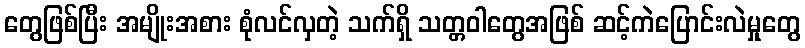
တွေဖြစ်ပြီး အမျိုးအစား စုံလင်လှတဲ့ သက်ရှိ သတ္တဝါတွေအဖြစ် ဆင့်ကဲပြောင်းလဲမှုတွေ